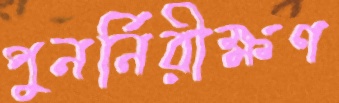
পুনর্নিরীক্ষণ